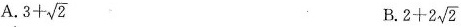
A.$$3+ \sqrt{2}$$ B.$$2+2 \sqrt{2}$$